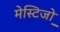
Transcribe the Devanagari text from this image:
मेस्टिजो़